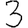
Digit: 3